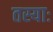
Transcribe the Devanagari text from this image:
तस्याः